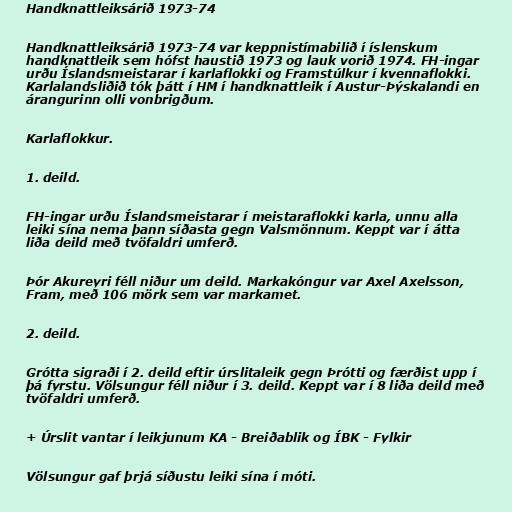
Handknattleiksárið 1973-74

Handknattleiksárið 1973-74 var keppnistímabilið í íslenskum
handknattleik sem hófst haustið 1973 og lauk vorið 1974. FH-ingar
urðu Íslandsmeistarar í karlaflokki og Framstúlkur í kvennaflokki.
Karlalandsliðið tók þátt í HM í handknattleik í Austur-Þýskalandi en
árangurinn olli vonbrigðum.

Karlaflokkur.

1. deild.

FH-ingar urðu Íslandsmeistarar í meistaraflokki karla, unnu alla
leiki sína nema þann síðasta gegn Valsmönnum. Keppt var í átta
liða deild með tvöfaldri umferð.

Þór Akureyri féll niður um deild. Markakóngur var Axel Axelsson,
Fram, með 106 mörk sem var markamet.

2. deild.

Grótta sigraði í 2. deild eftir úrslitaleik gegn Þrótti og færðist upp í
þá fyrstu. Völsungur féll niður í 3. deild. Keppt var í 8 liða deild með
tvöfaldri umferð.

+ Úrslit vantar í leikjunum KA - Breiðablik og ÍBK - Fylkir

Völsungur gaf þrjá síðustu leiki sína í móti.